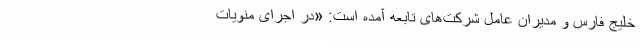
خلیج فارس و مدیران عامل شرکت‌های تابعه آمده است: «در اجرای منویات